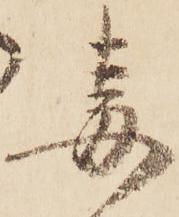
毒